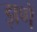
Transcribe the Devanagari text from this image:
झणें